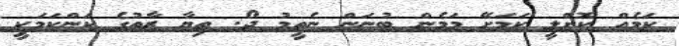
ކަމެއް ކޮށްލީ ކަމަށޭ މަމެން ބުނަން ނެތީމު ދޯ. ތިޔާ ޒާތުގެ ކަންކަމަކީ